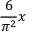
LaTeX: { \frac { 6 } { \pi ^ { 2 } } } x